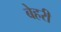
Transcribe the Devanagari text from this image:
बेहरी